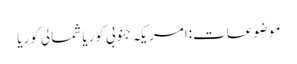
موضوعات:امریکہ جنوبی کوریا شمالی کوریا